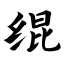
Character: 绲